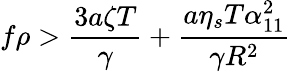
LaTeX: f\rho>\frac{3a\zeta T}{\gamma}+\frac{a\eta_{s}T\alpha_{11}^{2}}{\gamma R^{2}}